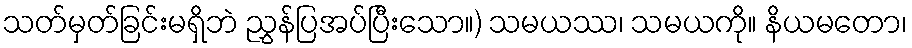
သတ်မှတ်ခြင်းမရှိဘဲ ညွှန်ပြအပ်ပြီးသော။) သမယဿ၊ သမယကို။ နိယမတော၊